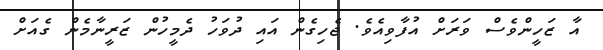
އާ ޒަހީންވެސް ވަރަށް އުފާވިއެވެ. ޖެހިގެން އައި ދުވަހު ދެމީހުން ޒަރީނާމެން ގެއަށް